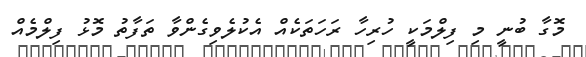
މޮގާ ބުނީ މި ފިލްމަކީ ހުރިހާ ރަހަތަކެއް އެކުލެވިގެންވާ ތަފާތު މޮޅު ފިލްމެއް